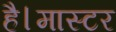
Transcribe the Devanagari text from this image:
है।मास्‍टर